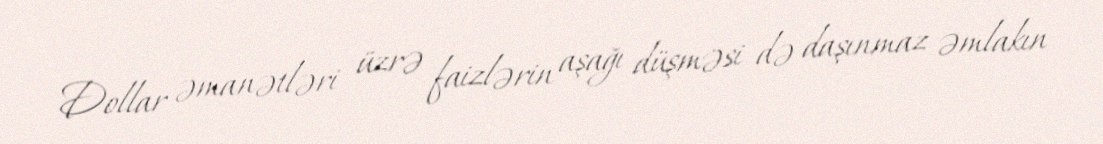
Dollar əmanətləri üzrə faizlərin aşağı düşməsi də daşınmaz əmlakın